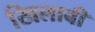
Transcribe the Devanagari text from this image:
खिलाबी